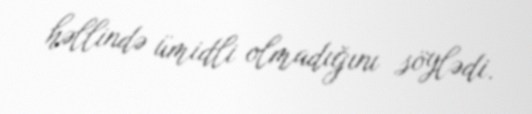
həllində ümidli olmadığını söylədi.